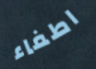
اطفاء